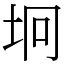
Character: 坰